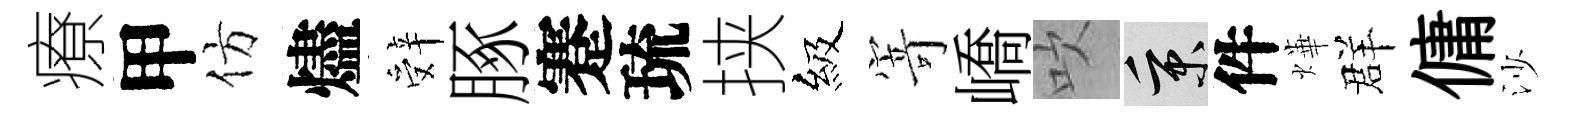
療甲仿燼辤䐁蹇琉挟級𭔃嶠吹秉件燁群傭沙